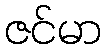
ဇင်မာ